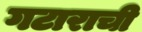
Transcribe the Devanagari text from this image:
गटाराची